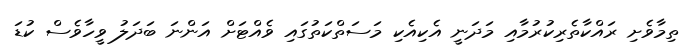
ތިމާވެށި ރައްކާތެރިކުރުމާއި މަދަނީ އެކިއެކި މަސަތްކަތުގައި ވެއްޓަށް އަންނަ ބަދަލު ވީހާވެސް ކުޑަ